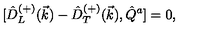
{ [ } \hat { D } _ { L } ^ { ( + ) } ( \vec { k } ) - \hat { D } _ { T } ^ { ( + ) } ( \vec { k } ) , \hat { Q } ^ { a } ] = 0 ,